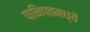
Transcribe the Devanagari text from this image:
पानिपतमध्यें